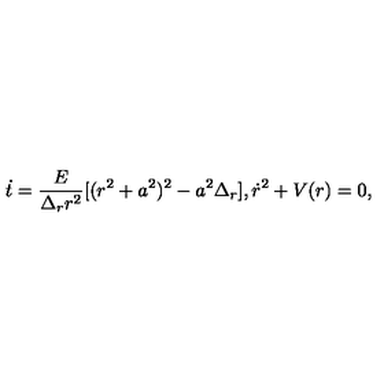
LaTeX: \dot { t } = \frac { E } { \Delta _ { r } r ^ { 2 } } [ ( r ^ { 2 } + a ^ { 2 } ) ^ { 2 } - a ^ { 2 } \Delta _ { r } ] , \dot { r } ^ { 2 } + V ( r ) = 0 ,